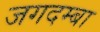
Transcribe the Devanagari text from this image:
जगदम्‍बा